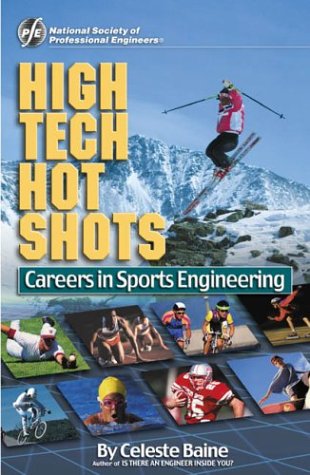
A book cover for High Tech Hot Shots: Careers in Sports Engineering; Celeste Baine; Sports & Outdoors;